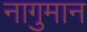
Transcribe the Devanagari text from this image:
नागुमान